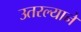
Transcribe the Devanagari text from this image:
उतरल्याने